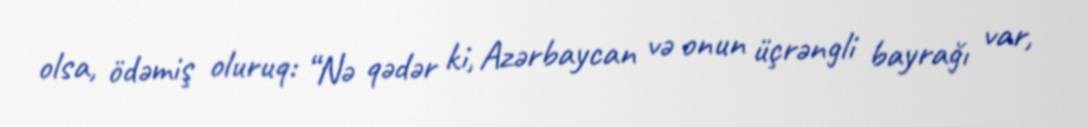
olsa, ödəmiş oluruq: “Nə qədər ki, Azərbaycan və onun üçrəngli bayrağı var,